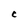
Character: C